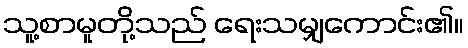
သူ့စာမူတို့သည် ရေးသမျှကောင်း၏။